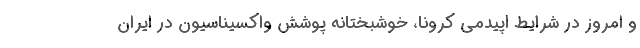
و امروز در شرایط اپیدمی کرونا، خوشبختانه پوشش واکسیناسیون در ایران